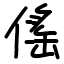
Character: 傜